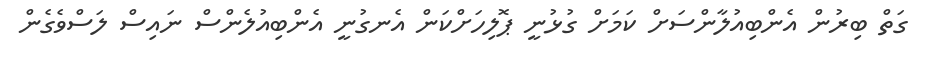
ގަތް ބިރުން އެންބިއުލާންސަށް ކަމަށް ގުޅުނީ ޕޮލިހަށްކަން އެނގުނީ އެންބިއުލެންސް ނައިސް ލަސްވެގެން